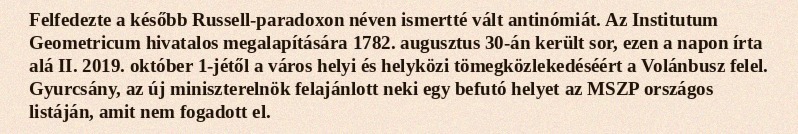
Felfedezte a később Russell-paradoxon néven ismertté vált antinómiát. Az Institutum Geometricum hivatalos megalapítására 1782. augusztus 30-án került sor, ezen a napon írta alá II. 2019. október 1-jétől a város helyi és helyközi tömegközlekedéséért a Volánbusz felel. Gyurcsány, az új miniszterelnök felajánlott neki egy befutó helyet az MSZP országos listáján, amit nem fogadott el.